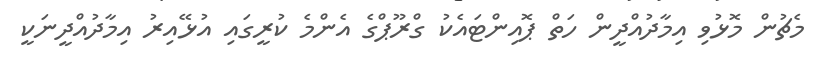
މެޗުން މޮޅުވި އިމާދުއްދީން ހަތް ޕޮއިންޓައެކު ގްރޫޕްގެ އެންމެ ކުރީގައި އުޅޭއިރު އިމާދުއްދީނަކީ